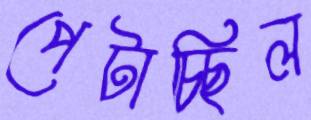
পেটাচ্ছিল